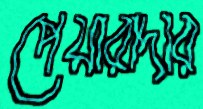
পেয়ারাদার